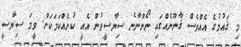
މި ޤައުމުގެ އެއްވެސް ޤާނޫނެއްގައި ނޯންނާނެ ސިޔާސީވުން އެއީ ކުށެއްކަމަކަށް. ވީމަ ސިޔާސީ